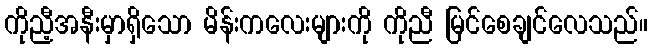
ကိုညီ့အနီးမှာရှိသော မိန်းကလေးများကို ကိုညီ မြင်စေချင်လေသည်။